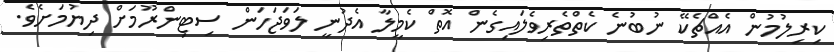
ކިރިލުމުން އެއްޗެކޭ ނުބުނެ ކެތްތެރިވެލައިގެން އޮތް ކެމީލާ އެދުނީ ލަވަޖަހަން ސިޓިންރޫމަށް ދިޔުމަށެވެ.